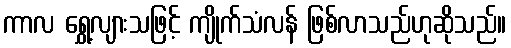
ကာလ ရွှေ့လျားသဖြင့် ကျိုက်သံလန် ဖြစ်လာသည်ဟုဆိုသည်။